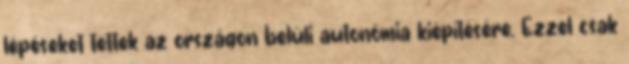
lépéseket tettek az országon belüli autonómia kiépítésére. Ezzel csak